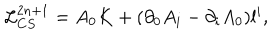
{ \cal L } _ { C S } ^ { 2 n + 1 } = A _ { 0 } K + ( \partial _ { 0 } A _ { i } - \partial _ { i } A _ { 0 } ) l ^ { i } ,